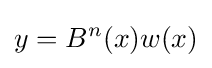
y=B^{n}(x)w(x)